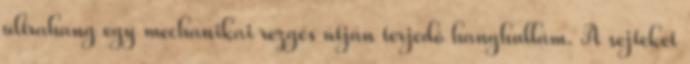
ultrahang egy mechanikai rezgés útján terjedô hanghullám. A sejteket